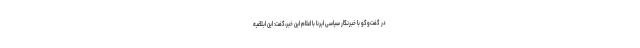
در گفت‌وگو با خبرنگار سیاسی ایرنا با اعلام این خبر،گفت: این ابلاغیه